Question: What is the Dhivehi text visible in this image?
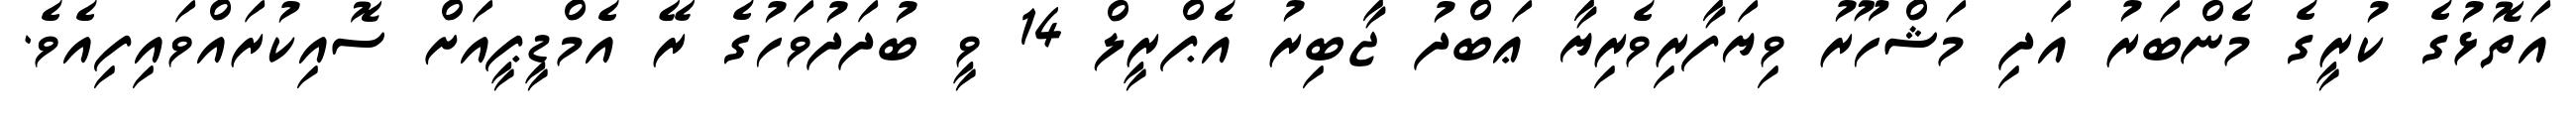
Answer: އަތޮޅުގެ ކުރީގެ މެންބަރު އަދި މަޝްހޫރު ވިޔަފާރިވެރިޔާ ޢަބްދު ޖާބިރު އެޕްރީލް 14 ވީ ބުދަދުވަހުގެ ރޭ އެމްޑީޕީއަށް ސޮއިކުރައްވައިފިއެވެ.